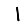
Digit: 1